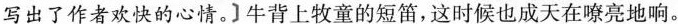
写出了作者欢快的心情。]牛背上牧童的短笛,这时候也成天在嘹亮地响。